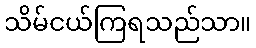
သိမ်ငယ်ကြရသည်သာ။